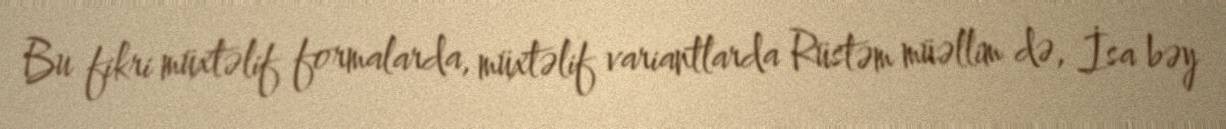
Bu fikri müxtəlif formalarda, müxtəlif variantlarda Rüstəm müəllim də, İsa bəy